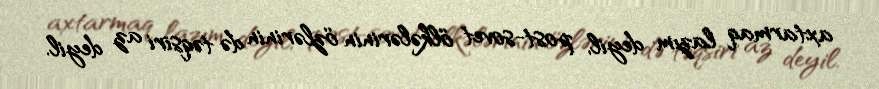
axtarmaq lazım deyil, post-sovet ölkələrinin özlərinin də təqsiri az deyil.